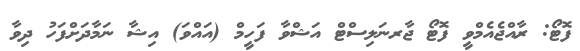
ފޮޓޯ: ރާއްޖެއެމްވީ ފޮޓޯ ޖާރނަލިސްޓް އަޝްވާ ފަހީމް (އައްވަ) އިޝާ ނަމާދަށްފަހު ދިވާ